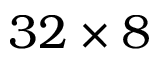
3 2 \times 8